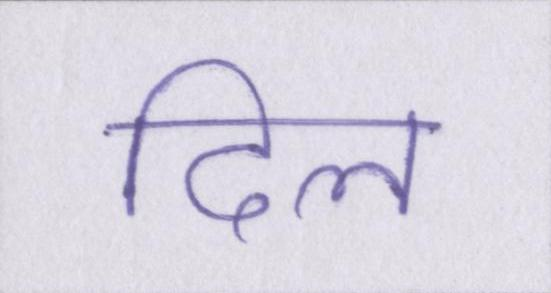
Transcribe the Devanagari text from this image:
दिल